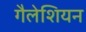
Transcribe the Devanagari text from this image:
गैलेशियन